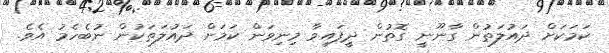
ކަމަކަށް ދައުލަތުން ގާނޫނީ ގޮތުން ދީފައިވާ މިނިވަން ކަމަށް ދައުލަތަކުން ނުބެހެމު އެވެ.